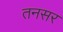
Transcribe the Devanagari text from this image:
तनसर